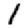
Digit: 1